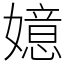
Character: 嬑